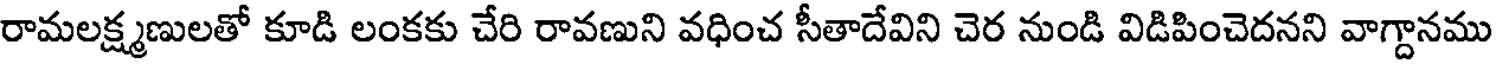
రామలక్ష్మణులతో కూడి లంకకు చేరి రావణుని వధించ సీతాదేవిని చెర నుండి విడిపించెదనని వాగ్దానము